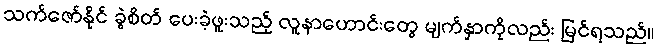
သက်ဇော်နိုင် ခွဲစိတ် ပေးခဲ့ဖူးသည့် လူနာဟောင်းတွေ မျက်နှာကိုလည်း မြင်ရသည်။